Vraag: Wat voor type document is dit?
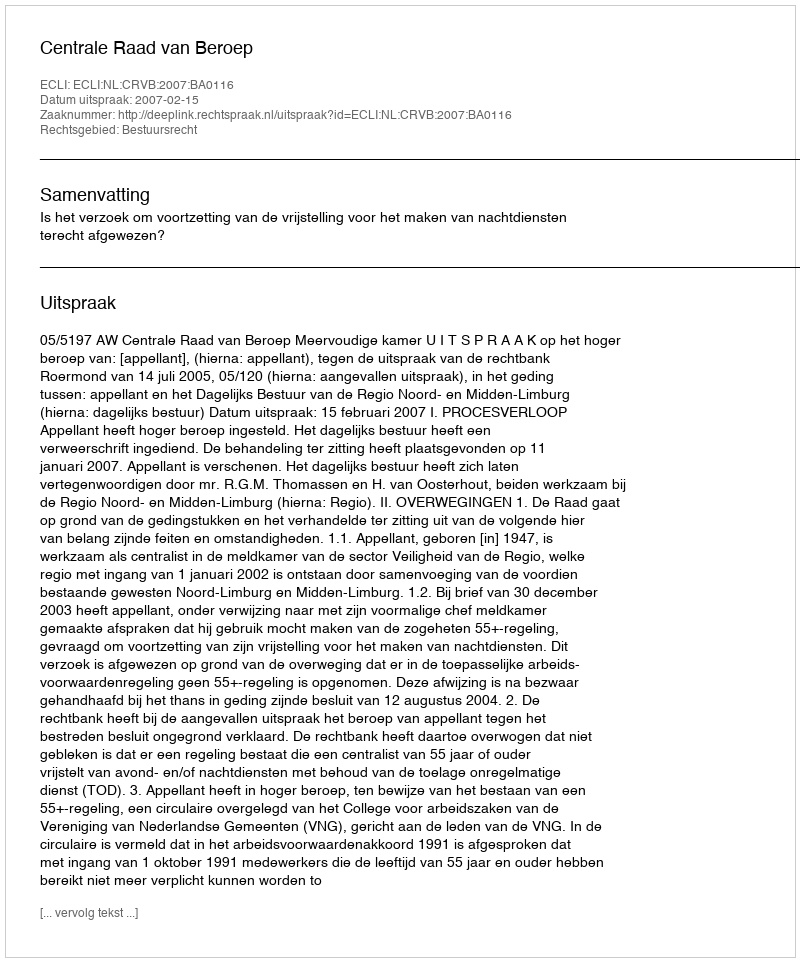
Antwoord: Uitspraak